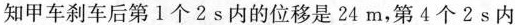
知甲车刹车后第1个2s内的位移是24m，第4个2s内